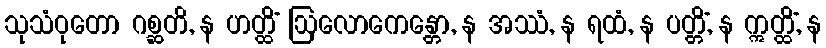
သုသံဝုတော ဂစ္ဆတိ, န ဟတ္ထိံ ဩလောကေန္တော, န အဿံ, န ရထံ, န ပတ္တိံ, န ဣတ္ထိံ, န